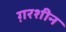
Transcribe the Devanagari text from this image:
ग़रशीन